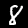
Label: 8